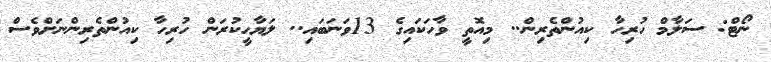
ނޯޓް: ސަލާމް ހުރިހާ ކިއުންތެރިން.. މިއޮތީ ވާހަކައިގެ 13ވަނަބައި.. ލަޔާހީކުރަން ހުރިހާ ކިއުންތެރިންނަށްވެސް